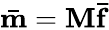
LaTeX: {\mathbf{\bar{m}}}={\mathbf{M\bar{f}}}